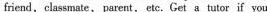
friend, classmate, parent, ete, Get a tutor if you